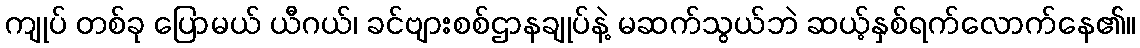
ကျုပ် တစ်ခု ပြောမယ် ယီဂယ်၊ ခင်ဗျားစစ်ဌာနချုပ်နဲ့ မဆက်သွယ်ဘဲ ဆယ့်နှစ်ရက်လောက်နေ၏။